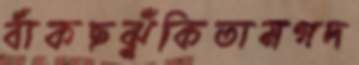
বাঁকছঝুঁকিতামগদ